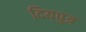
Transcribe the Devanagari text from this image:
दियपुत्र